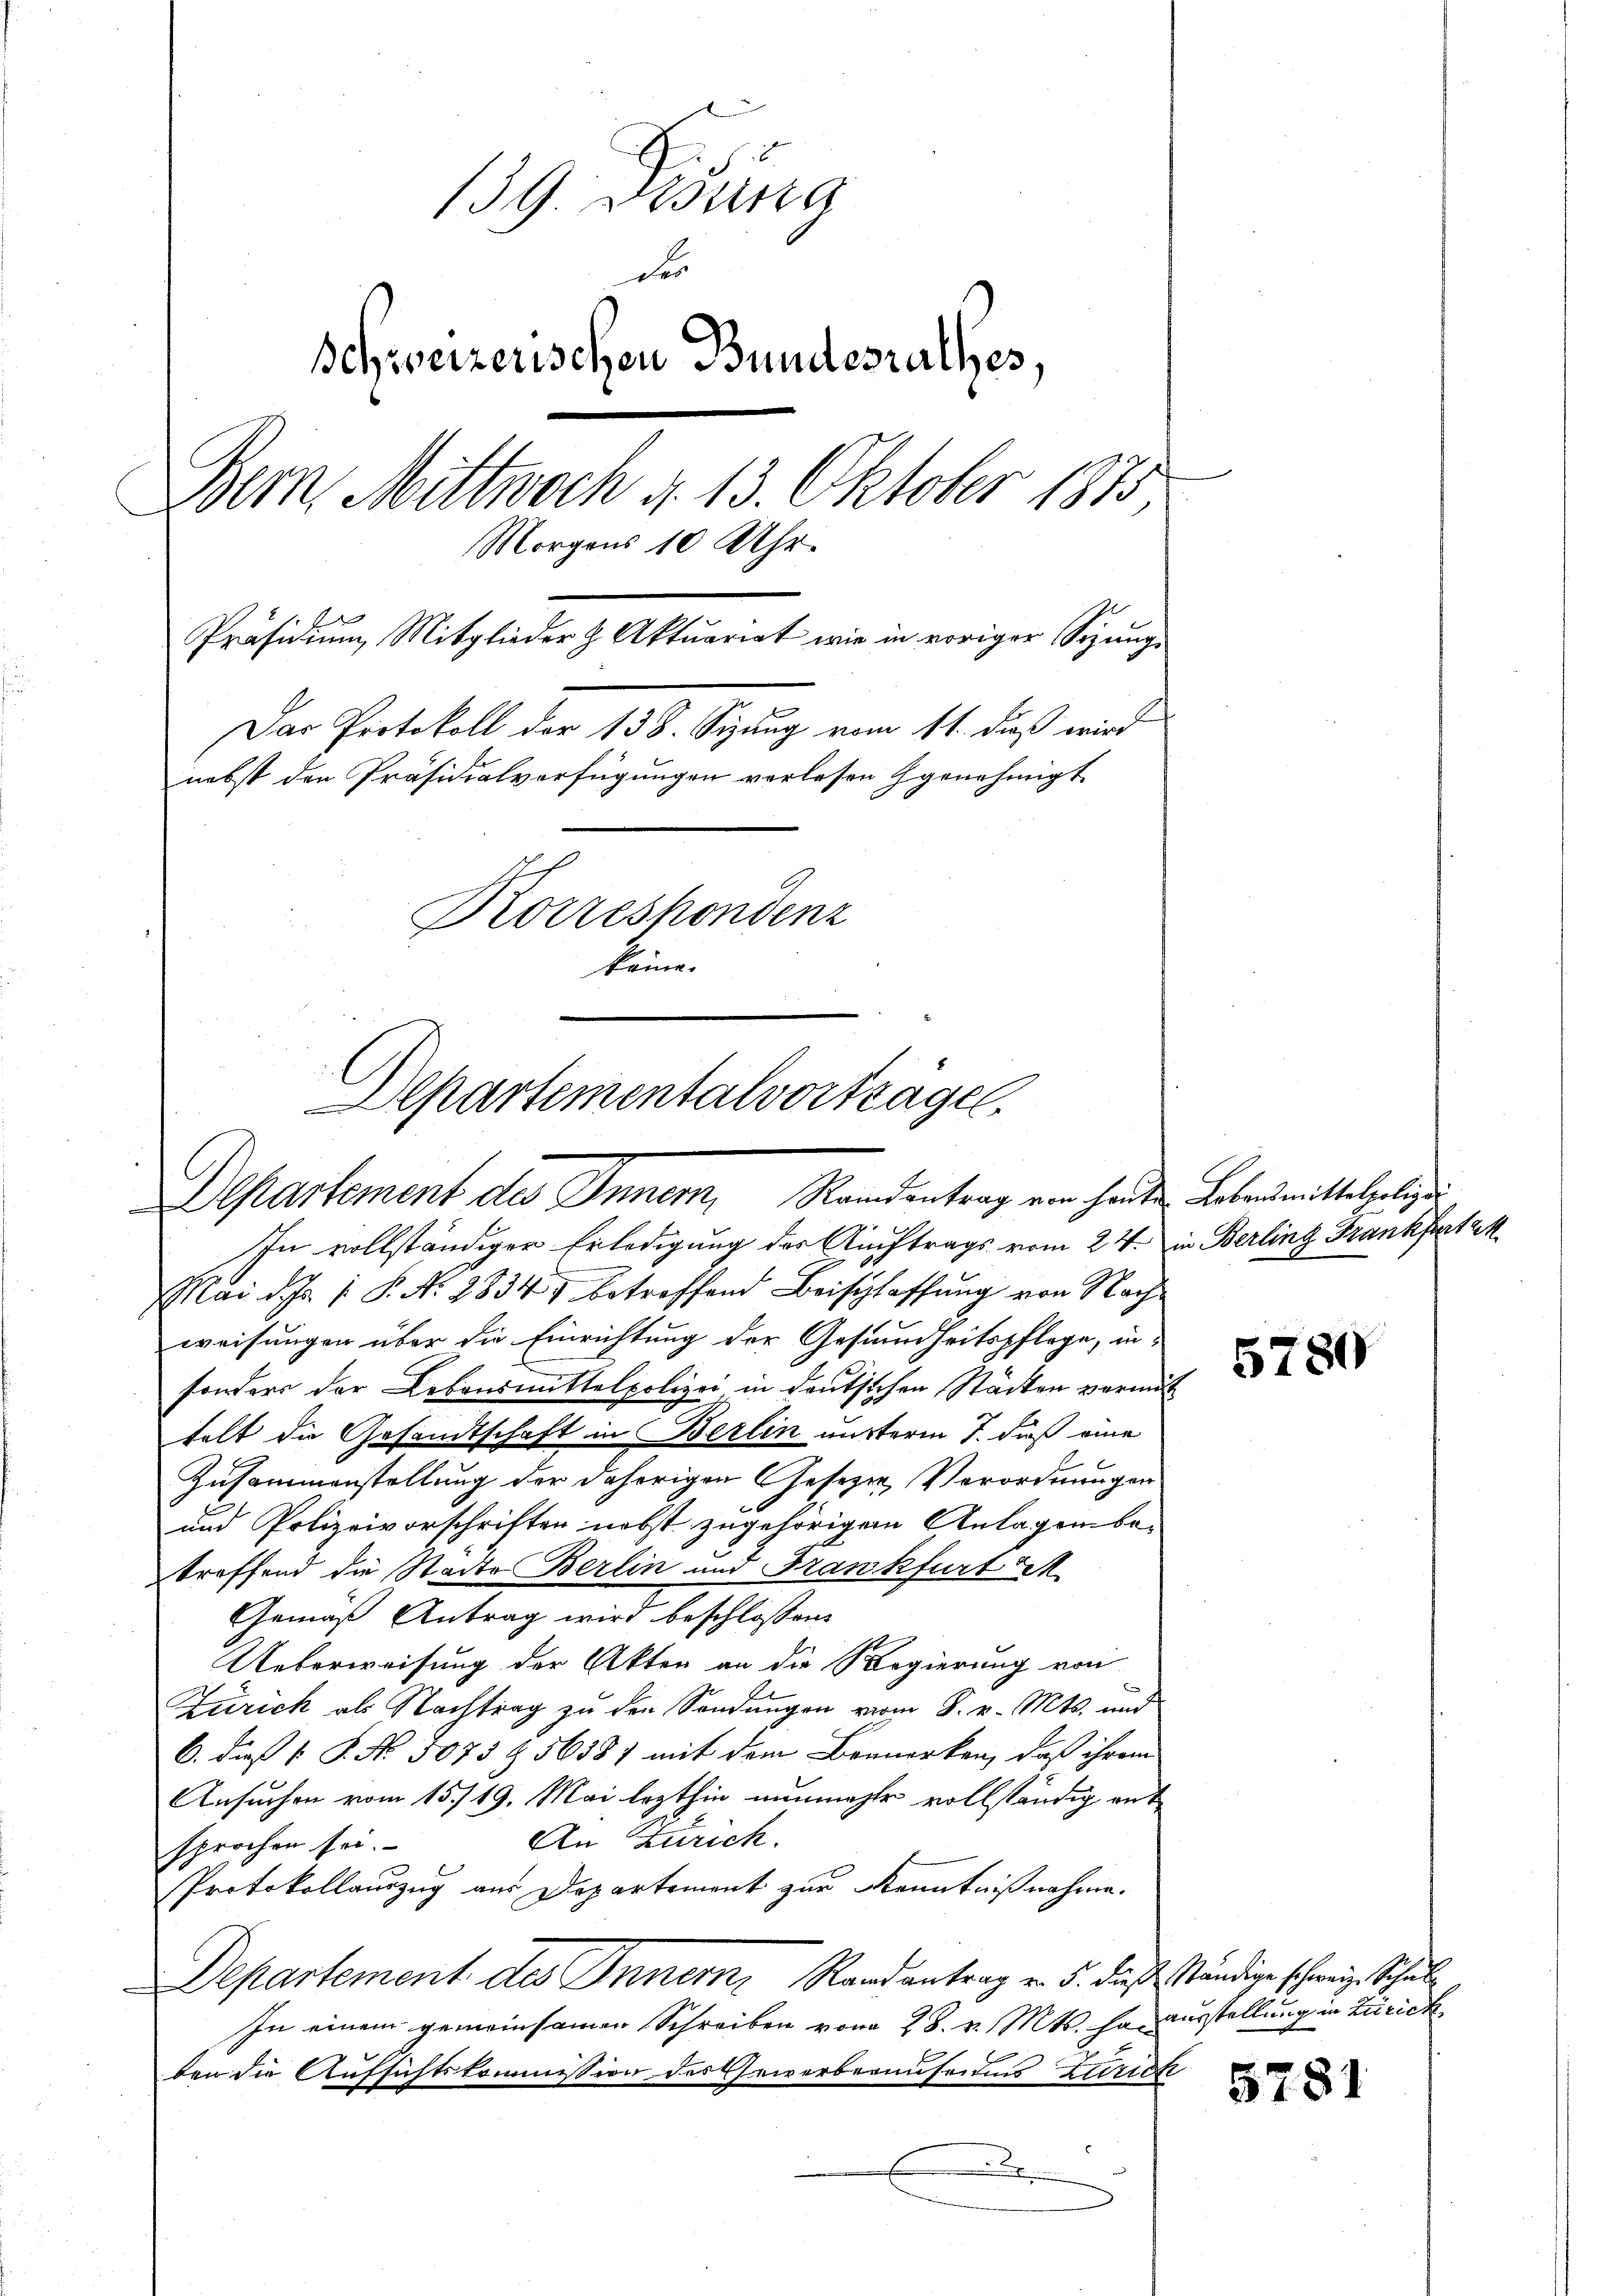
139. Disung
die
schweizerischen Bundesrathes,
Bern Mittwoch d. 13. Oktober 1875.
Morgens 10 Uhr.
Präsidium Mitglieder & Aktuariat wie in voriger Sizunge
Das Protokoll der 138. Segung von 11. daß wird
nebst den Präsidialverfügungen vorlesen Genehmigt
Korreshondenz
käme.

Departementalvorträge,
Departement des Inner, Standentrag von heuten Lebensmittelgeligi

In vollständiger Erledigung des Auftrags vom 24. in Berling Frankfurt a
Mai d. Js. 1. P. Nr. 2834) betreffend Beischlaffung von Nachweisungen über die Einrichtung der Gesundheitspflege, in-
sonders der Lebensmittalpolizei in deutschen Städten vermit
telt die Gesandtschaft in Berlin unterm 7. daß eine
Zusammenstellung der daherigen Gesezen, Verordnungen
und Polizeivorschriften nebst zugehörigen Anlagensbe-
treffend die Stadte Berlin und Frankfurt M.
Gemäß Antrag wird beschlossen:
Ueberweisung der Akten an die Regierung von
Zürich als Nachtrag zu den Sendungen vom 8. v. Mts. und
C. dieß P. No. 5075 § 56581 mit dem Bennerken, daß ihrem
Ansuchen vom 15. 19. Mai lezthin nunmehr vollständig ant
An Zürich.
sprochen sei.
Protokollauszug aus Departement zur Kenntnißnahme.
Departement des Innern, Randantrag v. 5. dieß ständige schweiz. Schul¬
In einem gemeinsamen Schreiben von 28. v. Mts. Hanausstellung in Zürich
ben die Aufsichtskommission des Priverbemuseums zurich
.

5780

5281